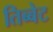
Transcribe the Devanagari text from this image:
तिब्बेट